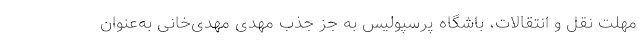
مهلت نقل و انتقالات، باشگاه پرسپولیس به جز جذب مهدی مهدی‌خانی به‌عنوان